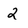
Character: 2